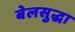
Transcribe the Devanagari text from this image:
बेलसुद्धा